Vaccination in the Punjab 1883-1896 - 1883-1896
Year: 1883
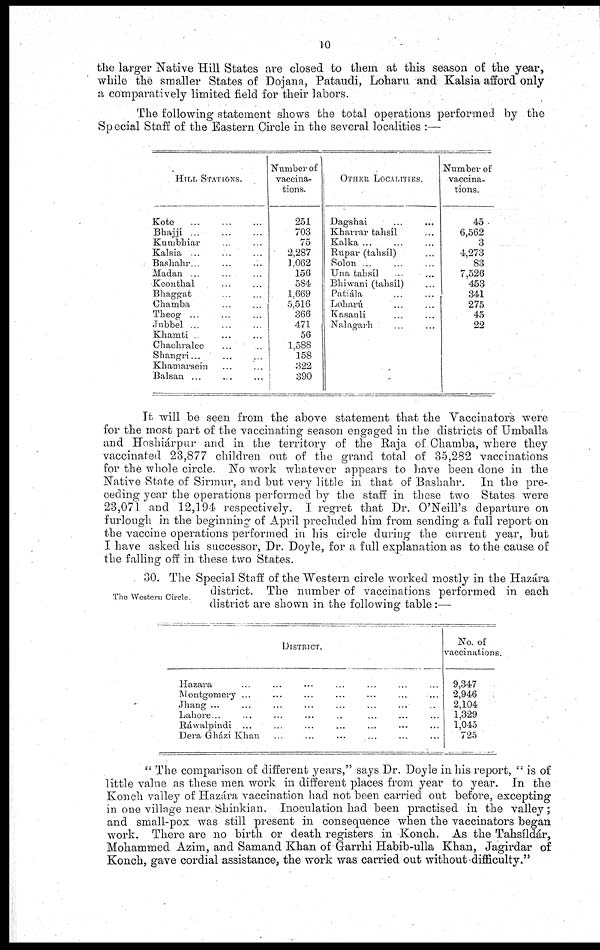
10
the larger Native Hill States are closed to them at this season of the year,
while the smaller States of Dojana, Pataudi, Loharu and Kalsia afford only
a comparatively limited field for their labors.
The following statement shows the total operations performed by the
Special Staff of the Eastern Circle in the several localities :—
HILL STATIONS.
Kote
...
...
...
Bhajjí
...
...
...
Kumbhiar ... ...
Kalsia ... ... ...
Bashahr ... ... ...
Madan ... ... ...
Keonthal ... ... ...
Bhaggat ... ... ...
Chamba ... ... ...
Theog
...
...
...
Jubbel
...
...
...
Khamti ... ... ...
Chachralee ... ...
Shangri ... ... ...
Khamarsein ... ...
Balsan ... ... ...
Number of
vaccina-
tions.
251
703
75
2,287
1,062
156
584
1,669
5,516
366
471
56
1,588
158
322
390
OTHER LOCALITIES.
Dagshai ... ...
Kharrar tahsíl ...
Kalka
...
...
...
Rupar (tahsíl) ...
Solon ... ... ...
Una tahsíl ... ... ...
Bhiwani (tahsíl) ...
Patiála ... ... ...
Loharú ... ... ...
Kasauli ... ... ...
Nalagarh ... ... ...
Number of
vaccina-
tions.
45
6,562
3
4,273
83
7,526
453
341
275
45
22
It will be seen from the above statement that the Vaccinators were
for the most part of the vaccinating season engaged in the districts of Umballa
and Hoshiárpur and in the territory of the Raja of Chamba, where they
vaccinated 23,877 children out of the grand total of 35,282 vaccinations
for the whole circle. No work whatever appears to have been done in the
Native State of Sirmur, and but very little in that of Bashahr. In the pre-
ceding year the operations performed by the staff in these two States were
23,071 and 12,194 respectively. I regret that Dr. O'Neill's departure on
furlough in the beginning of April precluded him from sending a full report on
the vaccine operations performed in his circle during the current year, but
I have asked his successor, Dr. Doyle, for a full explanation as to the cause of
the falling off in these two States.
The Western Circle.
30. The Special Staff of the Western circle worked mostly in the Hazára
district. The number of vaccinations performed in each
district are shown in the following table:—
DISTRICT.
Hazara ... ... ... ... ... ... ... ...
Montgomery
...
...
...
...
...
...
Jhang ... ... ... ... ... ... ... ...
Lahore ... ... ... ... ... ... ... ...
Ráwalpindi ... ... ... ... ... ... ...
Dera Gházi Khan ... ... ... ... ... ...
No. of
vaccinations.
9,347
2,946
2,104
1,329
1,045
725
"The comparison of different years," says Dr. Doyle in his report, "is of
little value as these men work in different places from year to year. In the
Konch valley of Hazára vaccination had not been carried out before, excepting
in one village near Shinkian. Inoculation had been practised in the valley;
and small-pox was still present in consequence when the vaccinators began
work. There are no birth or death registers in Konch. As the Tahsildár,
Mohammed Azim, and Samand Khan of Garrhi Habib-ulla Khan, Jagirdar of
Konch, gave cordial assistance, the work was carried out without difficulty."